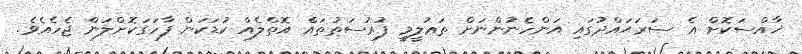
ޚާއްސަކޮށް އެ ސަރަޙައްދުގައި އަންހެނުންނަށް ތަޢުލީމީ ފުރުސަތުތައް އޮތްލެއް ކުޑަކަން ފާހަގަކޮށްލަން ޖެހެއެވެ.